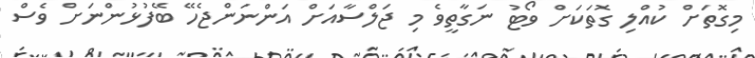
މިގޮތަށް ކުއްލި ގޮތަކަށް ވޯޓު ނަގާތީވެ މި ޖަލްސާއަށް އަންނަންޖެހޭ ބޭފުޅުންނަށް ވެސް